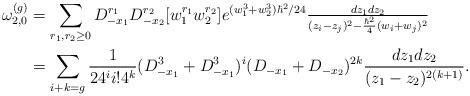
\begin{align*}\begin{aligned}\omega^{(g)}_{2,0}&=\sum_{r_1,r_2\ge0}D_{-x_1}^{r_1}D_{-x_2}^{r_2}[w_1^{r_1}w_2^{r_2}]e^{(w_1^3+w_2^3)\hbar^2/24}\tfrac{dz_1dz_2}{(z_i-z_j)^2-\frac{\hbar^2}{4}(w_i+w_j)^2}\\&=\sum_{i+k=g}\frac{1}{24^{i} i!4^k}(D_{-x_1}^{3}+D_{-x_1}^3)^{i}(D_{-x_1}+D_{-x_2})^{2k}\frac{dz_1dz_2}{(z_1-z_2)^{2(k+1)}}.\end{aligned}\end{align*}